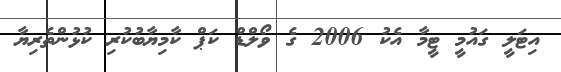
އިޓަލީ ގައުމީ ޓީމާ އެކު 2006 ގެ ވޯލްޑް ކަޕް ކާމިޔާބުކުރި ކުޅުންތެރިޔާ